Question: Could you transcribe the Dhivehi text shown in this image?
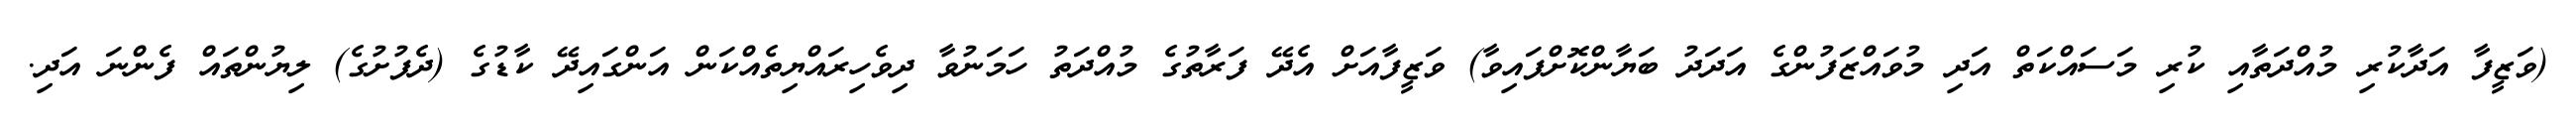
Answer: (ވަޒީފާ އަދާކުރި މުއްދަތާއި ކުރި މަސައްކަތް އަދި މުވައްޒަފުންގެ އަދަދު ބަޔާންކޮށްފައިވާ) ވަޒީފާއަށް އެދޭ ފަރާތުގެ މުއްދަތު ހަމަނުވާ ދިވެހިރައްޔިތެއްކަން އަންގައިދޭ ކާޑުގެ (ދެފުށުގެ) ލިޔުންތައް ފެންނަ އަދި.